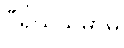
ဝီရိယသမာဓိ